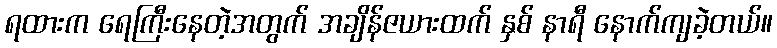
ရထားက ရေကြီးနေတဲ့အတွက် အချိန်ဇယားထက် နှစ် နာရီ နောက်ကျခဲ့တယ်။